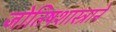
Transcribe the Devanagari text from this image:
जोतिषशास्त्राने